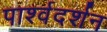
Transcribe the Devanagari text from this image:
पार्श्वदर्शन